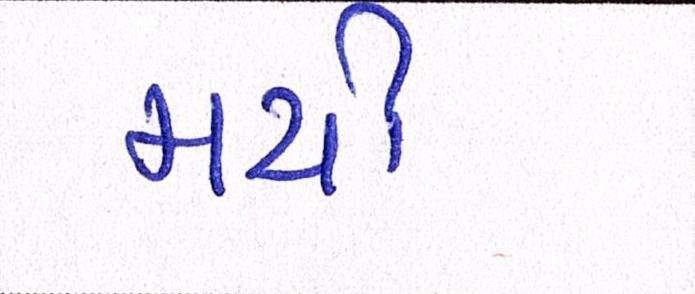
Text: મચી